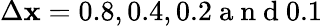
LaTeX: \Delta\mathbf{x}=0.8,0.4,0.2\mathrm{{~a~n~d~}}0.1